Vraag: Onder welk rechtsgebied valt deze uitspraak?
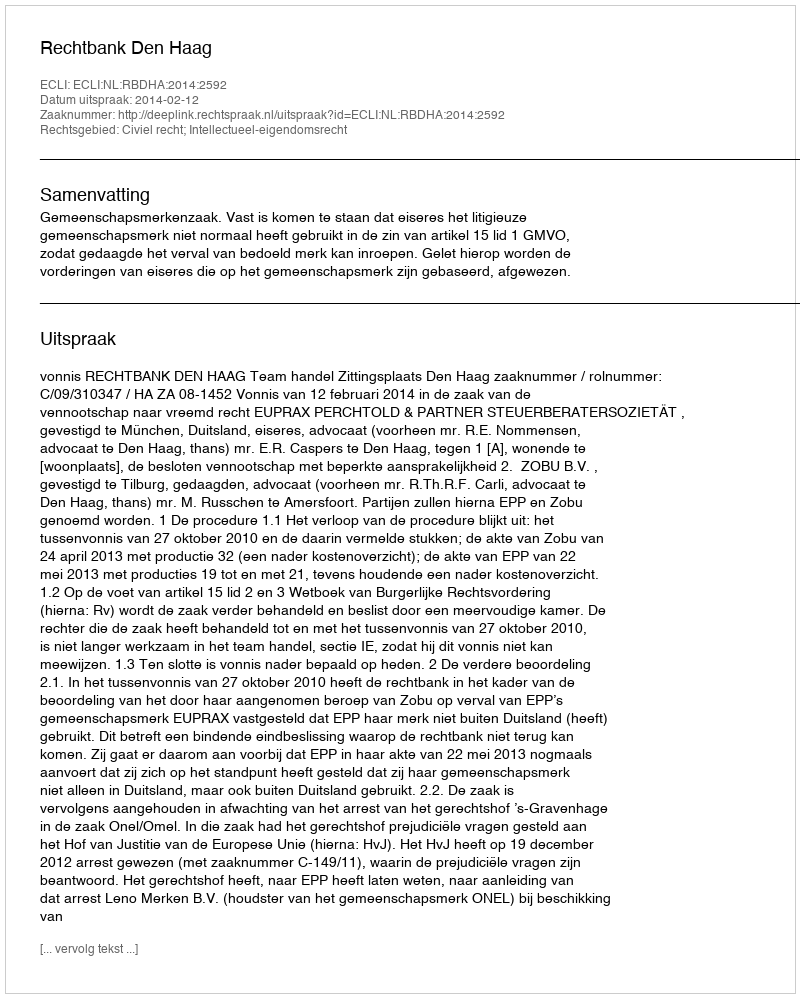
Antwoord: Civiel recht; Intellectueel-eigendomsrecht